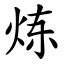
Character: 炼